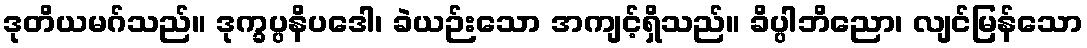
ဒုတိယမဂ်သည်။ ဒုက္ခပ္ပနိပဒေါ၊ ခဲယဉ်းသော အကျင့်ရှိသည်။ ခိပ္ပါဘိညော၊ လျင်မြန်သော